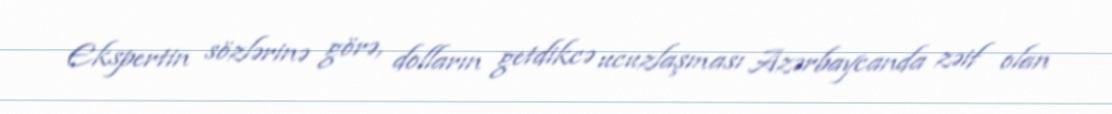
Ekspertin sözlərinə görə, dolların getdikcə ucuzlaşması Azərbaycanda zəif olan